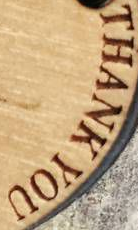
THANK YOU